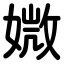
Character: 媺